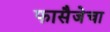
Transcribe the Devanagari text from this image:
फासैजेचा